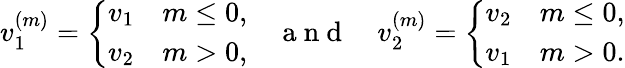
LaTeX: \begin{array}{r}{v_{1}^{(m)}=\left\{ \begin{array}{ll}{v_{1}}&{m\leq 0,}\\ {v_{2}}&{m>0,}\end{array}\right.\quad\mathrm{~a~n~d~}\quad v_{2}^{(m)}=\left\{ \begin{array}{ll}{v_{2}}&{m\leq 0,}\\ {v_{1}}&{m>0.}\end{array}\right.}\end{array}